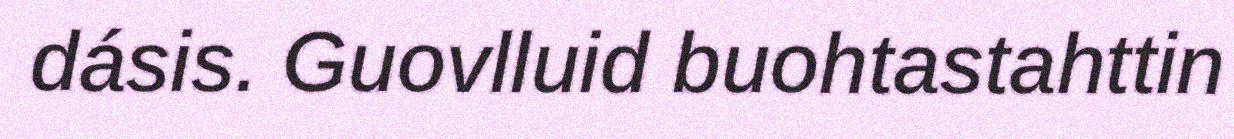
dásis. Guovlluid buohtastahttin